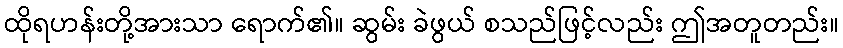
ထိုရဟန်းတို့အားသာ ရောက်၏။ ဆွမ်း ခဲဖွယ် စသည်ဖြင့်လည်း ဤအတူတည်း။